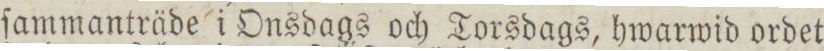
ſammanträde i Onsdags och Torsdags, hwarwid ordet